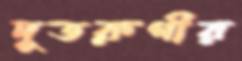
দুতরুণীর